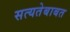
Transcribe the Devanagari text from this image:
सत्यतेबाबत